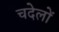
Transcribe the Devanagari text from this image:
चदेलों